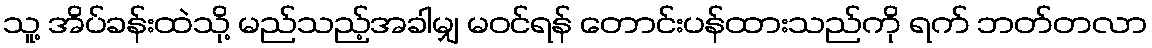
သူ့ အိပ်ခန်းထဲသို့ မည်သည့်အခါမျှ မဝင်ရန် တောင်းပန်ထားသည်ကို ရက် ဘတ်တလာ